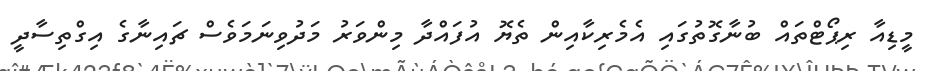
މީޑިއާ ރިޕޯޓްތައް ބުނާގޮތުގައި އެމެރިކާއިން ތެޔޮ އުފައްދާ މިންވަރު މަދުވިނަމަވެސް ޗައިނާގެ އިގްތިސާދީ